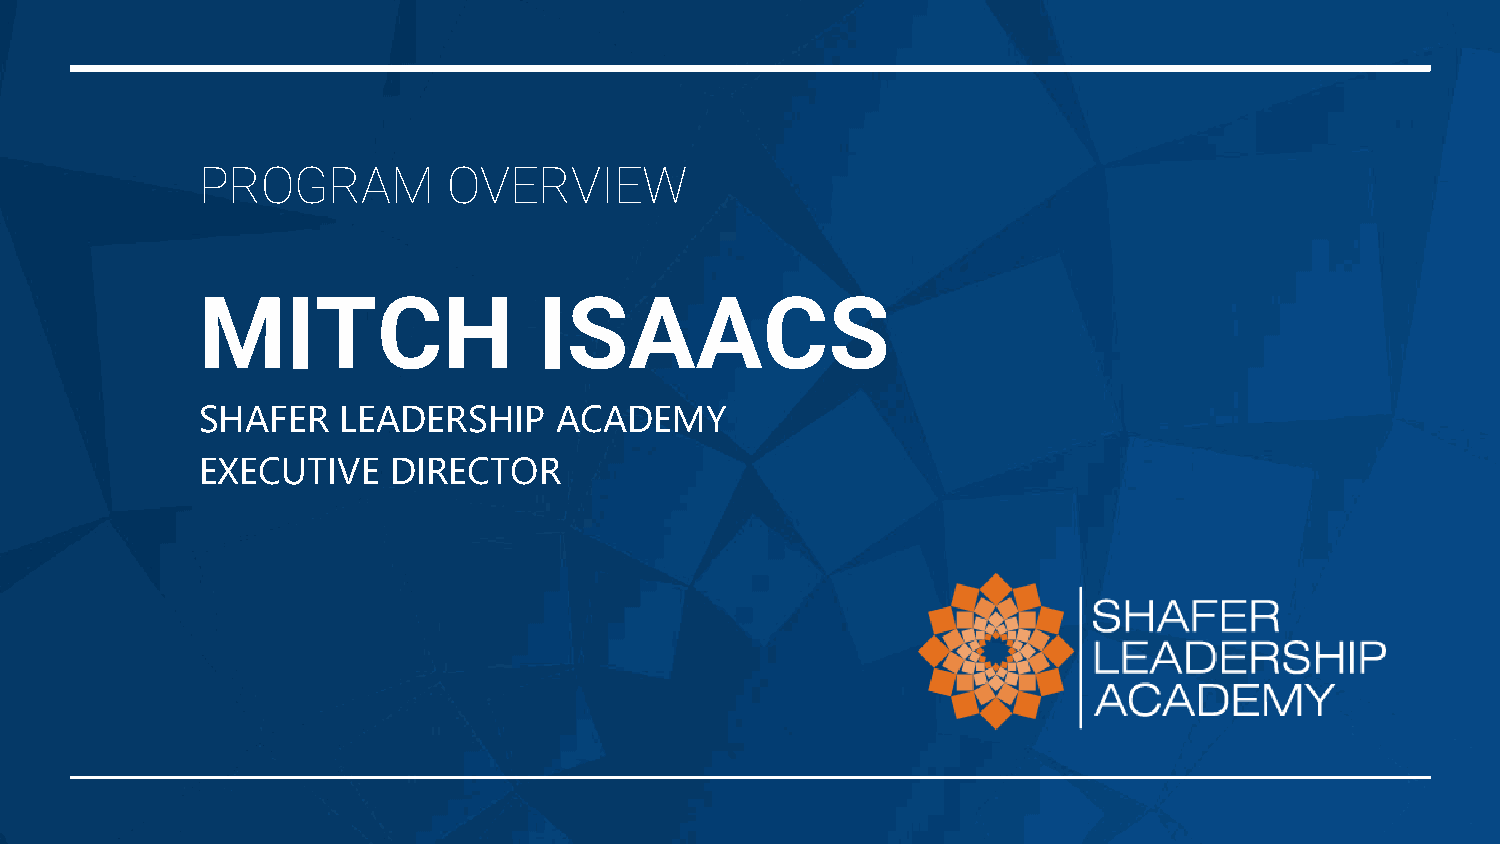
PROGRAM          OVERVIEW
 MITCH                  ISAACS
 SHAFER   LEADERSHIP     ACADEMY
 EXECUTIVE    DIRECTOR